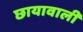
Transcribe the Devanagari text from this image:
छायावाली